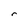
Character: r